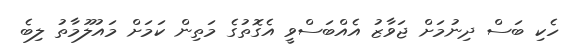
ހެކި ބަސް ދިނުމަށް ޖަވާޒު އެއްބަސްވީ އެގޮތުގެ މަތިން ކަމަށް މައުލޫމާތު ލިބެ